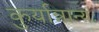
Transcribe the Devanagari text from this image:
कुर्यान्नान्यः